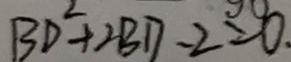
B D ^ { 2 } + 2 B D - 2 = 0 .